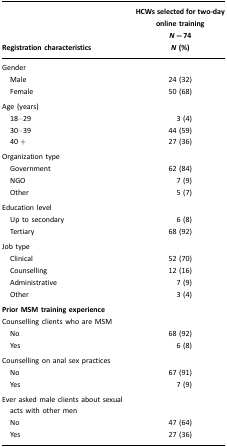
<table><thead><tr><td><b>Registration characteristics</b></td><td><b>HCWs selected for two-day online training<i>N</i>=74<i>N</i> (%)</b></td></tr></thead><tbody><tr><td>Gender</td><td></td></tr><tr><td> Men</td><td>24 (32)</td></tr><tr><td> Female</td><td>50 (68)</td></tr><tr><td>Age (years)</td><td></td></tr><tr><td> 18–29</td><td>3 (4)</td></tr><tr><td> 30–39</td><td>44 (59)</td></tr><tr><td> 40 +</td><td>27 (36)</td></tr><tr><td>Organization type</td><td></td></tr><tr><td> Government</td><td>62 (84)</td></tr><tr><td> NGO</td><td>7 (9)</td></tr><tr><td> Other</td><td>5 (7)</td></tr><tr><td>Education level</td><td></td></tr><tr><td> Up to secondary</td><td>6 (8)</td></tr><tr><td> Tertiary</td><td>68 (92)</td></tr><tr><td>Job type</td><td></td></tr><tr><td> Clinical</td><td>52 (70)</td></tr><tr><td> Counselling</td><td>12 (16)</td></tr><tr><td> Administrative</td><td>7 (9)</td></tr><tr><td> Other</td><td>3 (4)</td></tr><tr><td><b>Prior MSM training experience</b></td><td></td></tr><tr><td>Counselling clients who are MSM</td><td></td></tr><tr><td> No</td><td>68 (92)</td></tr><tr><td> Yes</td><td>6 (8)</td></tr><tr><td>Counselling on anal sex practices</td><td></td></tr><tr><td> No</td><td>67 (91)</td></tr><tr><td> Yes</td><td>7 (9)</td></tr><tr><td>Ever asked male clients about sexual acts with other men</td><td></td></tr><tr><td> No</td><td>47 (64)</td></tr><tr><td> Yes</td><td>27 (36)</td></tr></tbody></table>